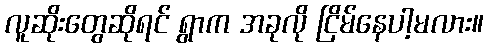
လူဆိုးတွေဆိုရင် ရွာက အခုလို ငြိမ်နေပါ့မလား။